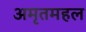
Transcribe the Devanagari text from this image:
अमृतमहल